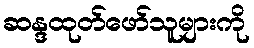
ဆန္ဒထုတ်ဖော်သူများကို